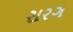
સરગ